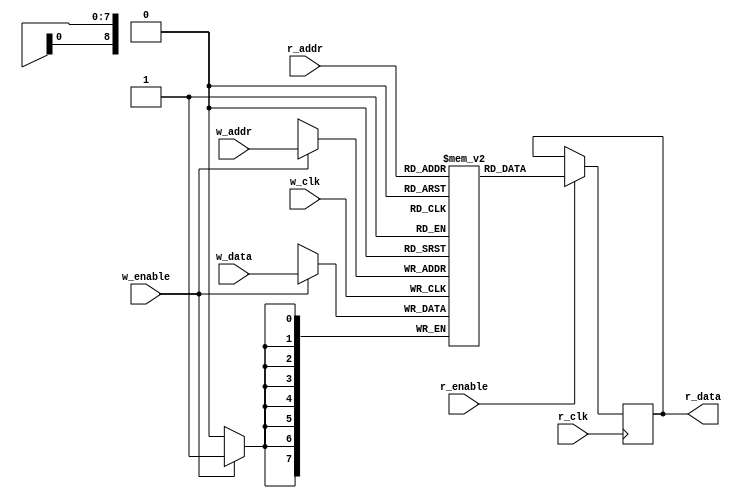
module dp_ram (
    w_clk,
    r_clk,
    w_enable,
    r_enable,
    w_addr,
    r_addr,
    w_data,
    r_data
);
    parameter RAM_WIDTH = 8;
    parameter RAM_DEPTH = 512;
    parameter ADDR_WIDTH =9;
    input w_clk;
    input r_clk;
    input w_enable;
    input r_enable;
    input [ADDR_WIDTH-1:0]w_addr;
    input [ADDR_WIDTH-1:0]r_addr;
    input [RAM_WIDTH-1:0] w_data;
    output [RAM_WIDTH-1:0] r_data;
    reg [RAM_WIDTH-1:0]r_data ;

    reg [RAM_WIDTH-1:0]memo[RAM_DEPTH-1:0] ;

    always @(posedge w_clk) begin
        if(w_enable) begin
            memo[w_addr]<=w_data;
        end
    end
    always @(posedge r_clk) begin
        if (r_enable) begin
            r_data<=memo[r_addr];
        end    
    end
endmodule